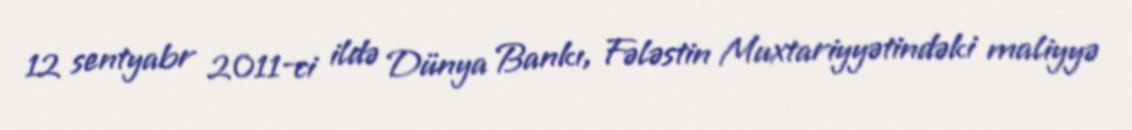
12 sentyabr 2011-ci ildə Dünya Bankı, Fələstin Muxtariyyətindəki maliyyə